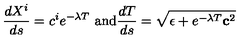
\frac { d X ^ { i } } { d s } = c ^ { i } e ^ { - \lambda T } \ \mathrm { a n d } \frac { d T } { d s } = \sqrt { \epsilon + e ^ { - \lambda T } { \bf c } ^ { 2 } }